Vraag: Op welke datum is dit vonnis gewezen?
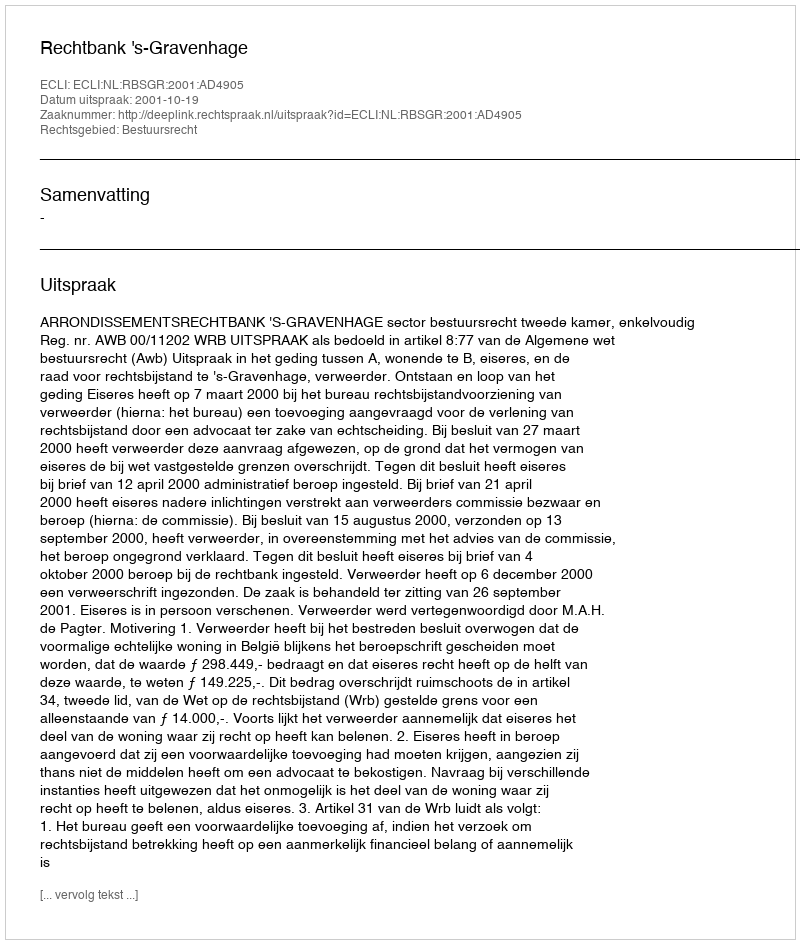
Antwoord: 2001-10-19